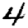
Digit: 4